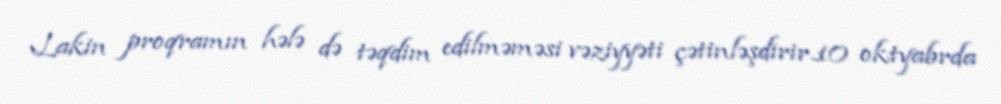
Lakin proqramın hələ də təqdim edilməməsi vəziyyəti çətinləşdirir.10 oktyabrda